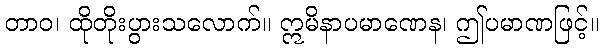
တာဝ၊ ထိုတိုးပွားသလောက်။ ဣမိနာပမာဏေန၊ ဤပမာဏဖြင့်။